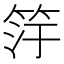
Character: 𬔿